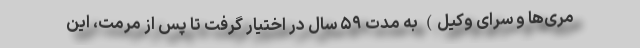
مری‌ها و سرای وکیل) به مدت ۵۹ سال در اختیار گرفت تا پس از مرمت، این